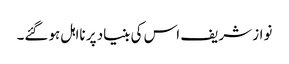
نواز شریف اس کی بنیاد پر نااہل ہوگئے۔